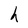
Character: h